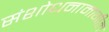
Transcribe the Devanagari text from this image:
संशोधनामागील